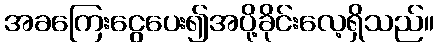
အခကြေးငွေပေး၍အပို့ခိုင်းလေ့ရှိသည်။